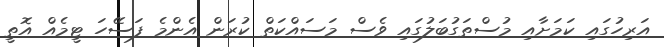
އަރިހުގައި ކަމަށާއި މުސްތަގުބަލުގައި ވެސް މަސައްކަތް ކުރަން އެންމެ ފަސޭހަ ޓީމެއް އޮތީ